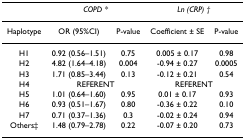
|  | <COLSPAN=2> COPD * | <COLSPAN=2> Ln (CRP) † |
 | --- | --- | --- | --- | --- |
 | Haplotype | OR (95%CI) | P-value | Coefficient ± SE | P-value |
 | H1 | 0.92 (0.56–1.51) | 0.75 | 0.005 ± 0.17 | 0.98 |
 | H2 | 4.82 (1.64–4.18) | 0.004 | -0.94 ± 0.27 | 0.0005 |
 | H3 | 1.71 (0.85–3.44) | 0.13 | -0.12 ± 0.21 | 0.54 |
 | H4 | <COLSPAN=2> REFERENT | <COLSPAN=2> REFERENT |
 | H5 | 1.01 (0.64–1.60) | 0.95 | 0.01 ± 0.17 | 0.93 |
 | H6 | 0.93 (0.51–1.67) | 0.80 | -0.36 ± 0.22 | 0.10 |
 | H7 | 0.71 (0.37–1.36) | 0.3 | -0.02 ± 0.24 | 0.94 |
 | Others‡ | 1.48 (0.79–2.78) | 0.22 | -0.07 ± 0.20 | 0.73 |